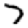
Digit: 7